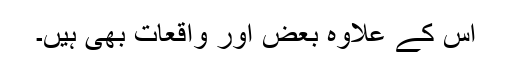
اس کے علاوہ بعض اور واقعات بھی ہیں۔